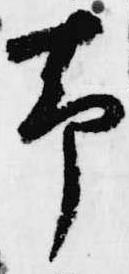
帯